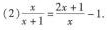
（2）$$\frac { x } { x + 1 } = \frac { 2 x + 1 } { x } - 1$$ .